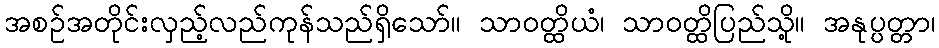
အစဉ်အတိုင်းလှည့်လည်ကုန်သည်ရှိသော်။ သာဝတ္ထိယံ၊ သာဝတ္ထိပြည်သို့။ အနုပ္ပတ္တာ၊